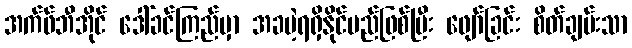
အက်ဖ်ဘီအိုင် ဒေါ်ခင်ကြည်မှာ အခမဲ့ရရှိနိုင်မည်ဖြစ်ပြီး ဖျော်ခြင်း စိတ်ချမ်းသာ